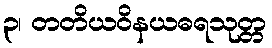
၃၊ တတိယဝိနယဓရသုတ္တ